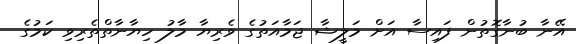
އޭނާ ބުނާގޮތުން ފައިސާ އަށް މަލީޝާ ޖަމާއަތުގެ ވެރިޔާ މާލު ހިޔާނާތްތެރިވި ކަމުގެ